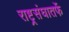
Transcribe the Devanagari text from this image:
राष्ट्र्रसंघातर्फे